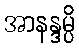
အာနန္ဒမ္ပိ